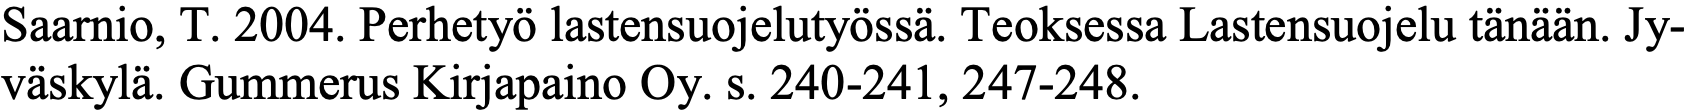
Saarnio, T. 2004. Perhetyö lastensuojelutyössä. Teoksessa Lastensuojelu tänään. Jy- väskylä. Gummerus Kirjapaino Oy. s. 240-241, 247-248.